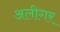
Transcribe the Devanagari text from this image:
अलीगर